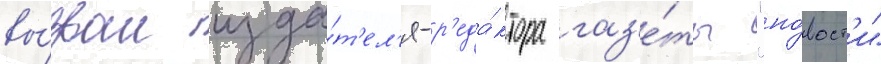
вы́звал изда́т'ел'я-р'еда́ктора газ'е́ты "но́вост'и"